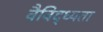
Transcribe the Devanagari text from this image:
वैविद्ध्यता